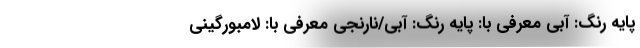
پایه رنگ: آبی معرفی با: پایه رنگ: آبی/نارنجی معرفی با: لامبورگینی